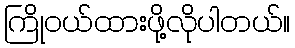
ကြိုဝယ်ထားဖို့လိုပါတယ်။